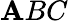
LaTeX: \mathbf{A}BC